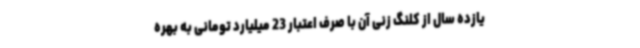
یازده سال از کلنگ زنی آن با صرف اعتبار 23 میلیارد تومانی به بهره